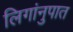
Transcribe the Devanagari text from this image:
लिगांनुपात